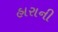
હારાની